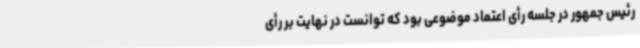
رئیس جمهور در جلسه رأی اعتماد موضوعی بود که توانست در نهایت بر رأی